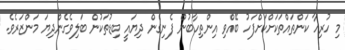
މި ހުރިހާ ކަންތައްތަކަށްކަށްފަހު ބޭއްވި އިންތިހާބުން ފެނިގެން ދިޔައީ ބިޑުތަކުން ބަލިވެގެންދިޔަ މަންޒަރެވެ.